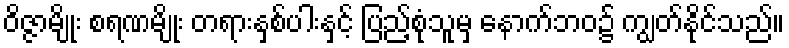
ဝိဇ္ဇာမျိုး စရဏမျိုး တရားနှစ်ပါးနှင့် ပြည့်စုံသူမှ နောက်ဘဝ၌ ကျွတ်နိုင်သည်။